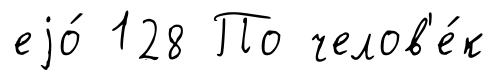
еjо́ 128 По челов'е́к